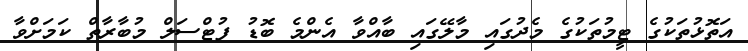
އަތޮޅުތަކުގެ ޓީމުތަކުގެ މެދުގައި މާލޭގައި ބާއްވާ އެންމެ ބޮޑު ފުޓްސަލް މުބާރާތް ކަމަށްވާ